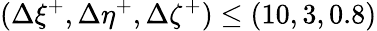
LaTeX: (\Delta\xi^{+},\Delta\eta^{+},\Delta\zeta^{+})\leq(10,3,0.8)